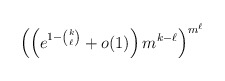
\begin{align*}\left(\left(e^{1-\binom{k}{\ell}}+o(1)\right)m^{k-\ell}\right)^{m^\ell}\end{align*}